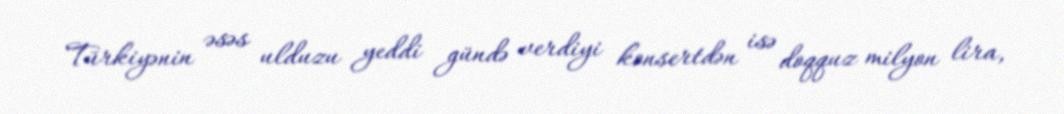
Türkiyənin əsəs ulduzu yeddi gündə verdiyi konsertdən isə doqquz milyon lira,